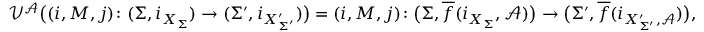
\mathcal { V } ^ { \mathcal { A } } \big ( ( i , M , j ) \colon ( \Sigma , i _ { X _ { \Sigma } } ) \to ( \Sigma ^ { \prime } , i _ { X _ { \Sigma ^ { \prime } } ^ { \prime } } ) \big ) = ( i , M , j ) \colon \big ( \Sigma , \overline { { f } } ( i _ { X _ { \Sigma } } , \mathcal { A } ) \big ) \to \big ( \Sigma ^ { \prime } , \overline { { f } } ( i _ { X _ { \Sigma ^ { \prime } } ^ { \prime } , \mathcal { A } } ) \big ) ,